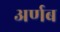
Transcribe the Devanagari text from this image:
अर्णब